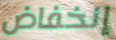
إنخفاض